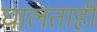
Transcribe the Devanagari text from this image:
घालताही